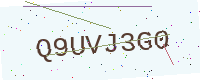
Text: Q9UVJ3G0